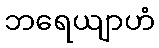
ဘရေယျာဟံ